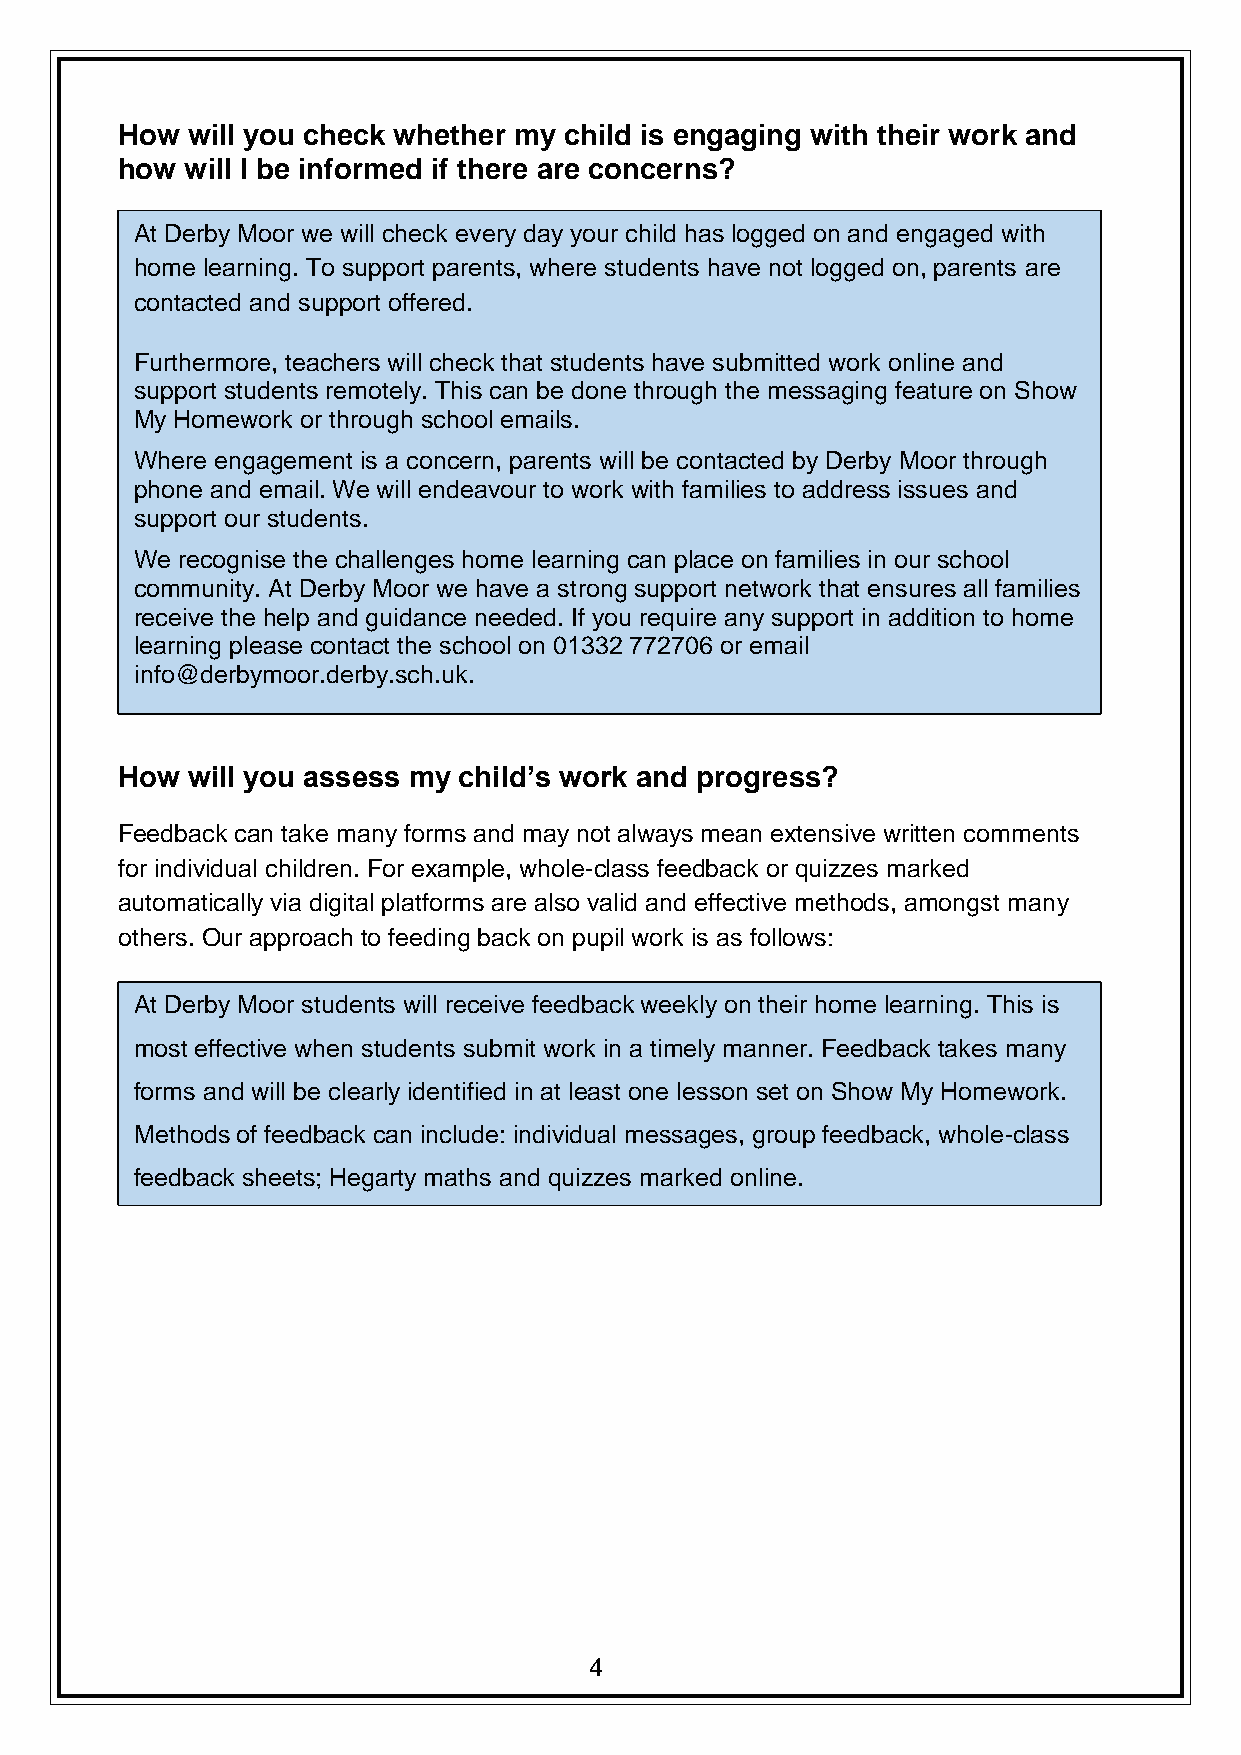
How will you check whether my child is engaging with their work and
 how will I be informed if there are concerns?
 At Derby Moor we will check every day your child has logged on and engaged with
 home learning. To support parents, where students have not logged on, parents are
 contacted and support offered.
 Furthermore, teachers will check that students have submitted work online and
 support students remotely. This can be done through the messaging feature on Show
 My Homework or through school emails.
 Where engagement is a concern, parents will be contacted by Derby Moor through
 phone and email. We will endeavour to work with families to address issues and
 support our students.
 We recognise the challenges home learning can place on families in our school
 community. At Derby Moor we have a strong support network that ensures all families
 receive the help and guidance needed. If you require any support in addition to home
 learning please contact the school on 01332 772706 or email
 info@derbymoor.derby.sch.uk.
 How will you assess my child’s work and progress?
 Feedback can take many forms and may not always mean extensive written comments
 for individual children. For example, whole-class feedback or quizzes marked
 automatically via digital platforms are also valid and effective methods, amongst many
 others. Our approach to feeding back on pupil work is as follows:
 At Derby Moor students will receive feedback weekly on their home learning. This is
 most effective when students submit work in a timely manner. Feedback takes many
 forms and will be clearly identified in at least one lesson set on Show My Homework.
 Methods of feedback can include: individual messages, group feedback, whole-class
 feedback sheets; Hegarty maths and quizzes marked online.
 4